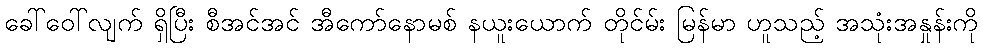
ခေါ်ဝေါ်လျက် ရှိပြီး စီအင်အင် အီကော်နောမစ် နယူးယောက် တိုင်မ်း မြန်မာ ဟူသည့် အသုံးအနှုန်းကို